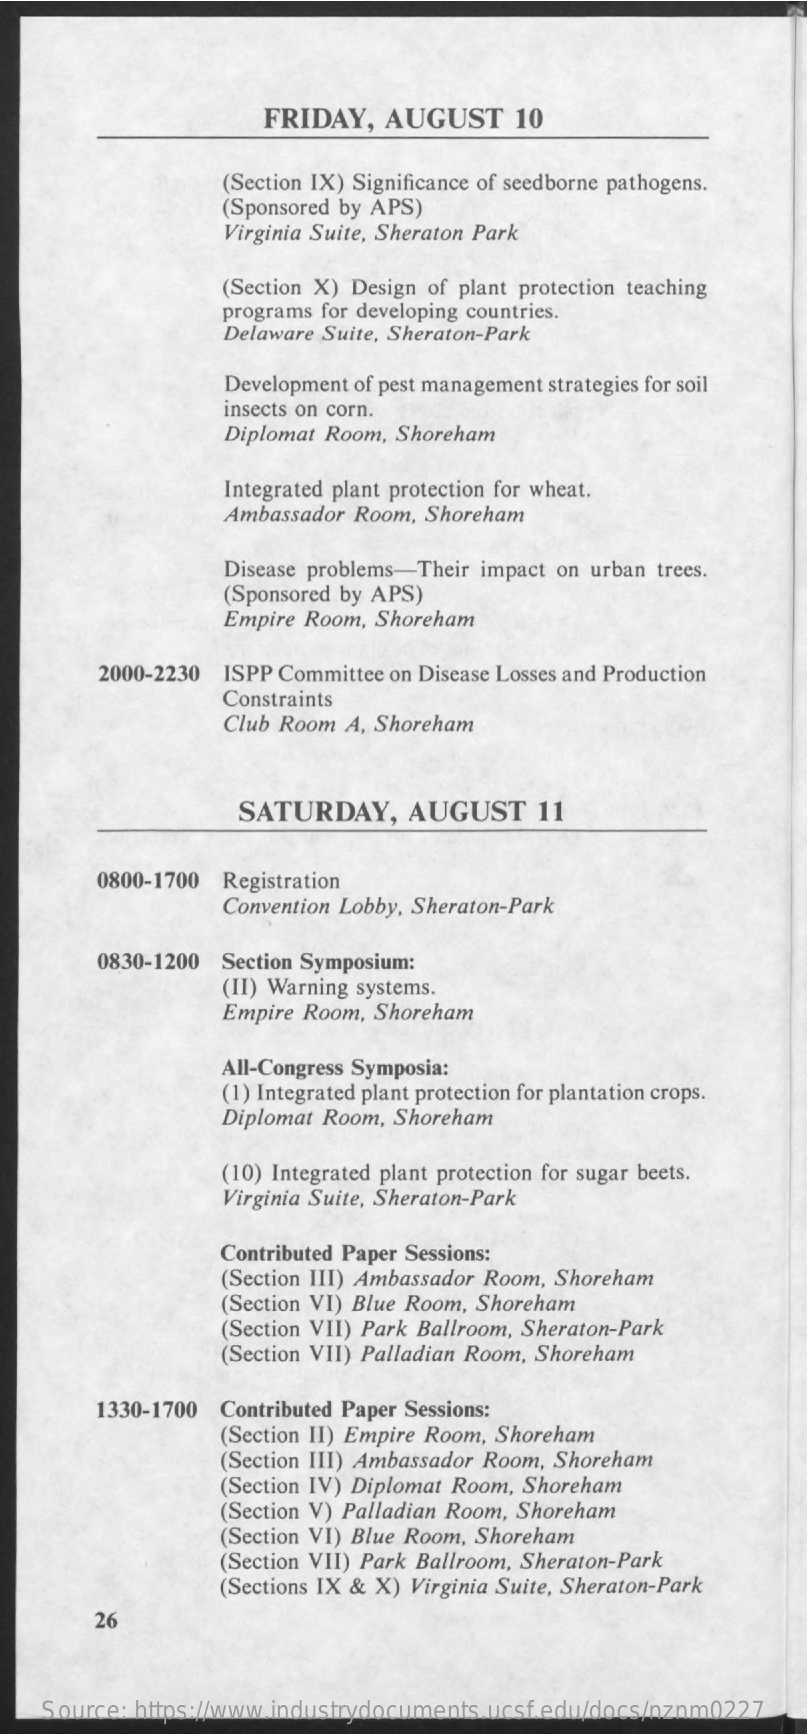
FRIDAY,  AUGUST    10
     (Section IX) Significance of seedborne pathogens.
     (Sponsored by APS)
     Virginia Suite, Sheraton Park
     (Section X) Design of plant protection teaching
     programs for developing countries.
     Delaware Suite, Sheraton-Park
     Development of pest management strategies for soil
     insects on corn.
     Diplomat Room, Shoreham
     Integrated plant protection for wheat.
     Ambassador Room, Shoreham
     Disease problems-Their impact on urban trees.
     (Sponsored by APS)
     Empire Room, Shoreham
     2000-2230 ISPP Committee on Disease Losses and Production
     Constraints
     Club Room A, Shoreham
     SATURDAY,    AUGUST    11
     0800-1700 Registration
     Convention Lobby, Sheraton-Park
     0830-1200 Section Symposium:
     (II) Warning systems.
     Empire Room, Shoreham
     All-Congress Symposia:
     (1) Integrated plant protection for plantation crops.
     Diplomat Room, Shoreham
     (10) Integrated plant protection for sugar beets.
     Virginia Suite, Sheraton-Park
     Contributed Paper Sessions:
     (Section III) Ambassador Room, Shoreham
     (Section VI) Blue Room, Shoreham
     (Section VII) Park Ballroom, Sheraton-Park
     (Section VII) Palladian Room, Shoreham
     1330-1700 Contributed Paper Sessions:
     (Section II) Empire Room, Shoreham
     (Section III) Ambassador Room, Shoreham
     (Section IV) Diplomat Room, Shoreham
     (Section V) Palladian Room, Shoreham
     (Section VI) Blue Room, Shoreham
     (Section VII) Park Ballroom, Sheraton-Park
     (Sections IX & X) Virginia Suite, Sheraton-Park
     26
    Source: https://www.industrydocuments.ucsf.edu/docs/nznm0227